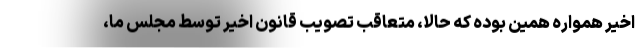
اخیر همواره همین بوده که حالا، متعاقب تصویب قانون اخیر توسط مجلس ما،